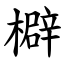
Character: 檘